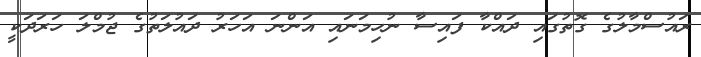
ރައުސްމާލުގެ ގޮތުގައި ދައްކާ ފައިސާ ނުހިމަނައި އަންނަ އަހަރު ދައުލަތުގެ ޖުމްލަ ހަރަދަކީ